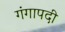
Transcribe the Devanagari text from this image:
गंगापदी